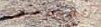
المومسات